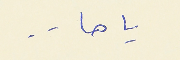
ياها . .